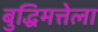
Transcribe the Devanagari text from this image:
बुद्धिमत्तेला